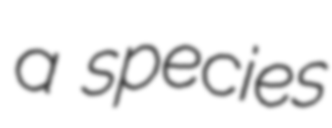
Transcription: a species